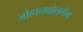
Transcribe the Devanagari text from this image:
जोहानवोलगेंग